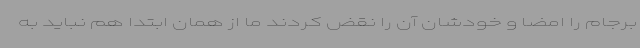
برجام را امضا و خودشان آن را نقض کردند ما از همان ابتدا هم نباید به